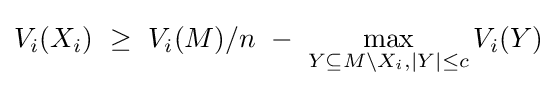
V_{i}(X_{i})~\geq ~V_{i}(M)/n~-~\max _{Y\subseteq M\setminus X_{i},|Y|\leq c}V_{i}(Y)